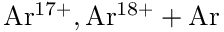
\mathrm { A r ^ { 1 7 + } , A r ^ { 1 8 + } + A r }